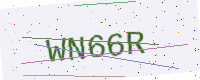
Text: WN66R